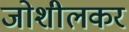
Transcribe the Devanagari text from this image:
जोशीलकर